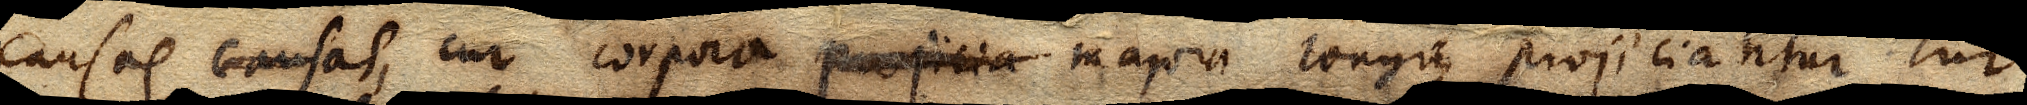
causas causas, cur corpora projicia majora longius projiciantur. Cur